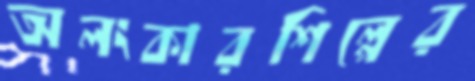
অলংকারশিল্পের